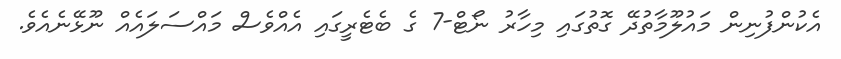
އެކުންފުނިން މައުލޫމާތުދޭ ގޮތުގައި މިހާރު ނޯޓް-7 ގެ ބެޓެރީގައި އެއްވެސް މައްސަލައެއް ނޫޅޭނެއެވެ.